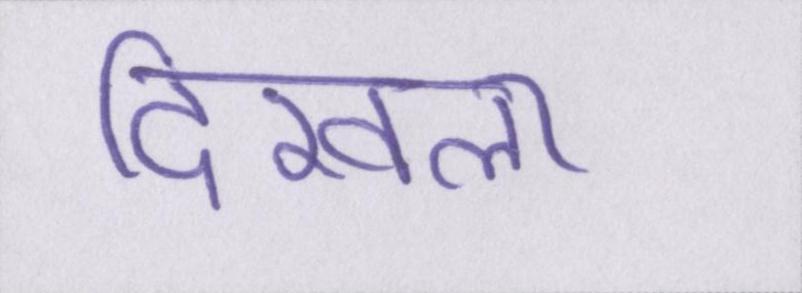
दिखला